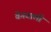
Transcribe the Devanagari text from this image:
वेगवाली